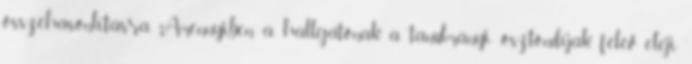
összehasonlításra. Amennyiben a hallgatónak a tanulmányi ösztöndíjak félév eleji